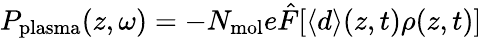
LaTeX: P_{\mathrm{plasma}}(z,\omega)=-N_{\mathrm{mol}}e\hat{F}[\langle d\rangle(z,t)\rho(z,t)]